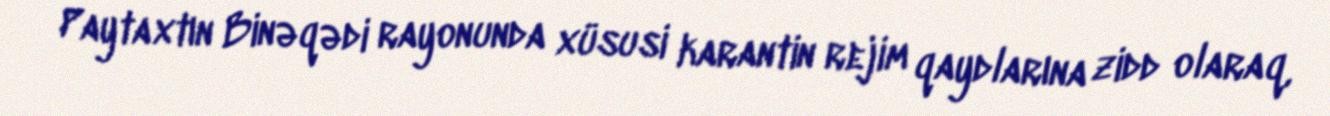
Paytaxtın Binəqədi rayonunda xüsusi karantin rejim qaydlarına zidd olaraq,